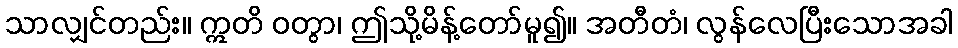
သာလျှင်တည်း။ ဣတိ ဝတွာ၊ ဤသို့မိန့်တော်မူ၍။ အတီတံ၊ လွန်လေပြီးသောအခါ